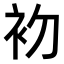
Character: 𭃨